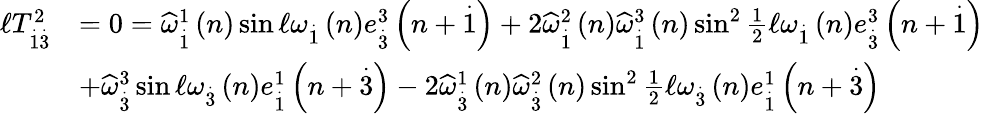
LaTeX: \begin{array}{rl}{\mathcal{\ell}T_{\overset{.}{1}\overset{.}{3}}^{2}}&{=0=\widehat{\omega}_{\overset{.}{1}}^{1}\left(n\right)\sin\mathcal{\ell}\omega_{\overset{.}{1}}\left(n\right)e_{\overset{.}{3}}^{3}\left(n+\overset{.}{1}\right)+2\widehat{\omega}_{\overset{.}{1}}^{2}\left(n\right)\widehat{\omega}_{\overset{.}{1}}^{3}\left(n\right)\sin^{2}\frac{1}{2}\mathcal{\ell}\omega_{\overset{.}{1}}\left(n\right)e_{\overset{.}{3}}^{3}\left(n+\overset{.}{1}\right)}\\ &{+\widehat{\omega}_{\overset{.}{3}}^{3}\sin\mathcal{\ell}\omega_{\overset{.}{3}}\left(n\right)e_{\overset{.}{1}}^{1}\left(n+\overset{.}{3}\right)-2\widehat{\omega}_{\overset{.}{3}}^{1}\left(n\right)\widehat{\omega}_{\overset{.}{3}}^{2}\left(n\right)\sin^{2}\frac{1}{2}\mathcal{\ell}\omega_{\overset{.}{3}}\left(n\right)e_{\overset{.}{1}}^{1}\left(n+\overset{.}{3}\right)}\end{array}